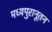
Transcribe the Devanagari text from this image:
मध्यपुरानूतन